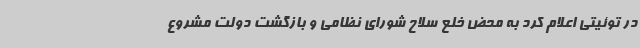
در توئیتی اعلام کرد به محض خلع سلاح شورای نظامی و بازگشت دولت مشروع